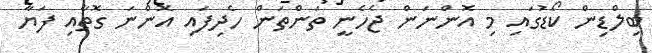
ބިލްޑިން ކޯޑުގައި މި އޮންނަން ޖެހެނީ ތަންތަން ހެދިފައި އޮންނަ ގޮތާއި ފަޔާ